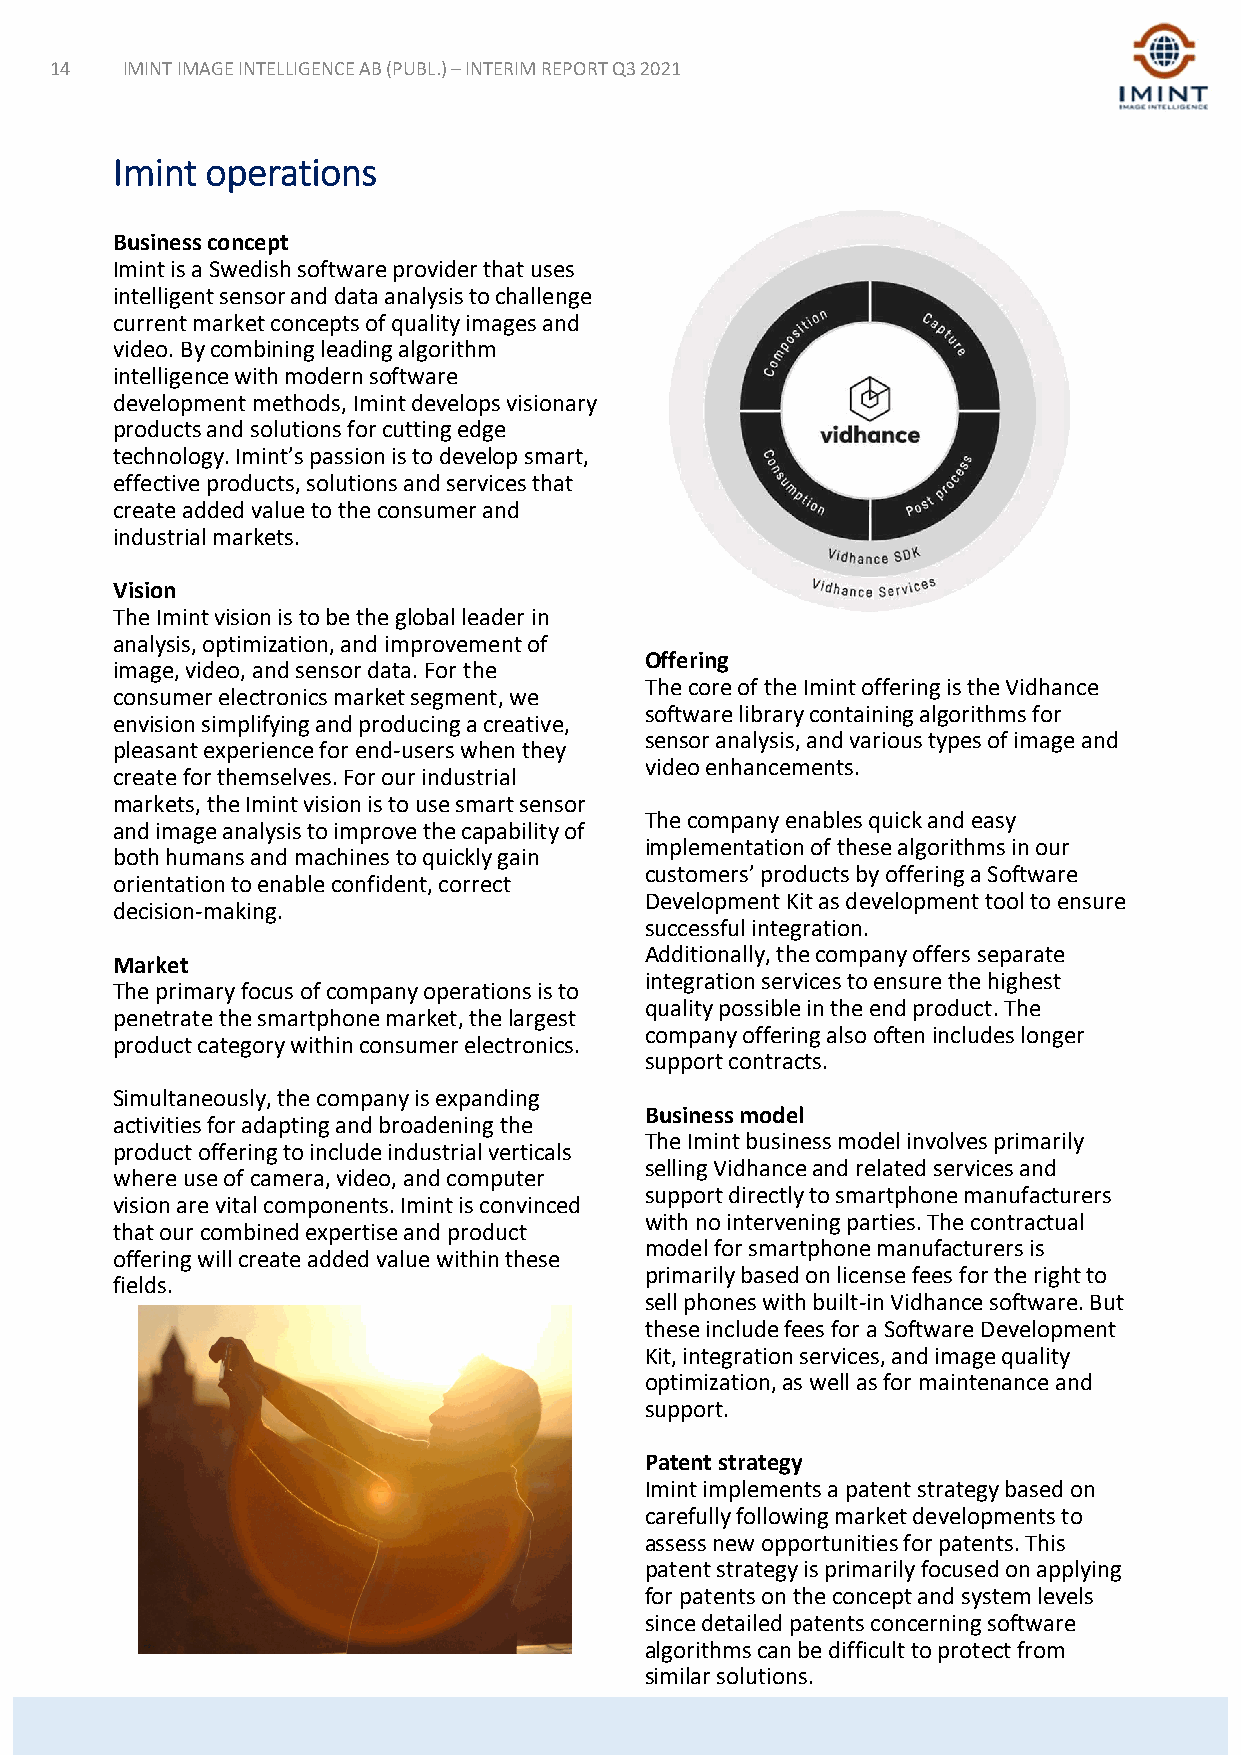
14   IMINT IMAGE INTELLIGENCE AB (PUBL.) –INTERIM REPORT Q3 2021
 Imint  operations
 Business concept
 Imint is a Swedish software provider that uses
 intelligent sensor and data analysis to challenge
 current market concepts of quality images and
 video. By combining leading algorithm
 intelligence with modern software
 development methods, Imint develops visionary
 products and solutions for cutting edge
 technology. Imint’s passion is to develop smart,
 effective products, solutions and services that
 create added value to the consumer and
 industrial markets.
 Vision
 The Imint vision is to be the global leader in
 analysis, optimization, and improvement of
 Offering
 image, video, and sensor data. For the
 The core of the Imint offering is the Vidhance
 consumer electronics market segment, we
 software library containing algorithms for
 envision simplifying and producing a creative,
 sensor analysis, and various types of image and
 pleasant experience for end-users when they
 video enhancements.
 create for themselves. For our industrial
 markets, the Imint vision is to use smart sensor
 The company enables quick and easy
 and image analysis to improve the capability of
 implementation of these algorithms in our
 both humans and machines to quickly gain
 customers’ products by offering a Software
 orientation to enable confident, correct
 Development Kit as development tool to ensure
 decision-making.
 successful integration.
 Additionally, the company offers separate
 Market
 integration services to ensure the highest
 The primary focus of company operations is to
 quality possible in the end product. The
 penetrate the smartphone market, the largest
 company offering also often includes longer
 product category within consumer electronics.
 support contracts.
 Simultaneously, the company is expanding
 Business model
 activities for adapting and broadening the
 The Imint business model involves primarily
 product offering to include industrial verticals
 selling Vidhance and related services and
 where use of camera, video, and computer
 support directly to smartphone manufacturers
 vision are vital components. Imint is convinced
 with no intervening parties. The contractual
 that our combined expertise and product
 model for smartphone manufacturers is
 offering will create added value within these
 primarily based on license fees for the right to
 fields.
 sell phones with built-in Vidhance software. But
 these include fees for a Software Development
 Kit, integration services, and image quality
 optimization, as well as for maintenance and
 support.
 Patent strategy
 Imint implements a patent strategy based on
 carefully following market developments to
 assess new opportunities for patents. This
 patent strategy is primarily focused on applying
 for patents on the concept and system levels
 since detailed patents concerning software
 algorithms can be difficult to protect from
 similar solutions.